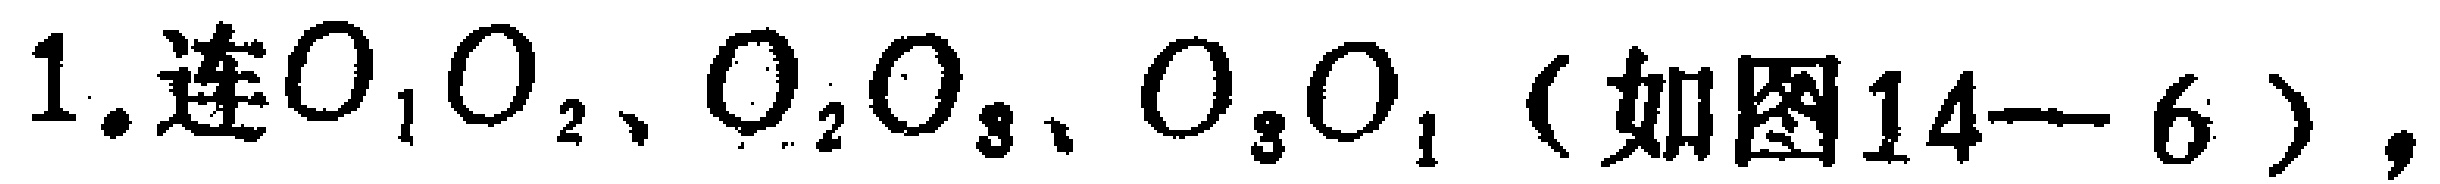
1. 连$O_{1}O_{2}$、$O_{2}O_{3}$、$O_{3}O_{1}$（如图14—6），